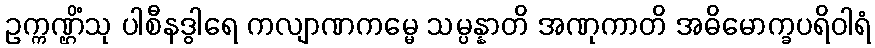
ဥက္ကဏ္ဌိံသု ပါစီနဒွါရေ ကလျာဏကမ္မေ သမ္ပန္နာတိ အဏုကာတိ အဓိမောက္ခပရိဝါရံ